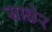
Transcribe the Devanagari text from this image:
साधेर